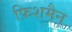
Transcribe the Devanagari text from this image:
फ़िशमैन